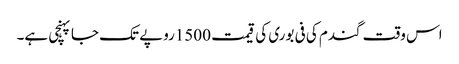
اس وقت گندم کی فی بوری کی قیمت 1500روپے تک جا پہنچی ہے۔